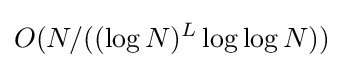
O(N/((\log N)^{L}\log \log N))